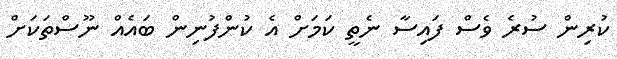
ކުރިން ސުރެ ވެސް ފައިސާ ނެތީ ކަމަށް އެ ކުންފުނިން ބައެއް ނޫސްތަކަށް